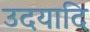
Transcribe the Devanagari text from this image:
उदयादि